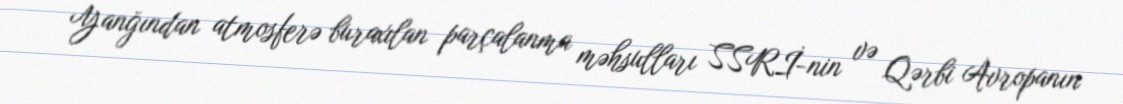
Yanğından atmosferə buraxılan parçalanma məhsulları SSRİ-nin və Qərbi Avropanın